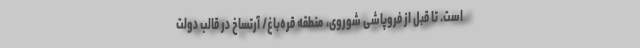
است. تا قبل از فروپاشی شوروی، منطقه قره‌باغ/ آرتساخ در قالب دولت